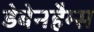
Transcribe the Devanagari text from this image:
डेबेनहैम्स